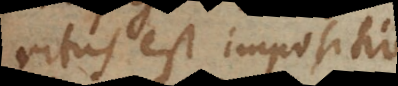
ritus est impositio